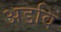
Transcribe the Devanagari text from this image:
अडवि